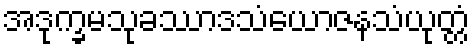
အဒုက္ခမသုခဿာဒသံယောဇနသံယုတ္တံ